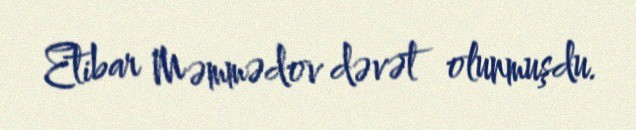
Etibar Məmmədov dəvət olunmuşdu.